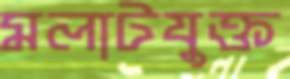
মলাটযুক্ত